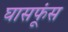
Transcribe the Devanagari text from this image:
घासफूंस